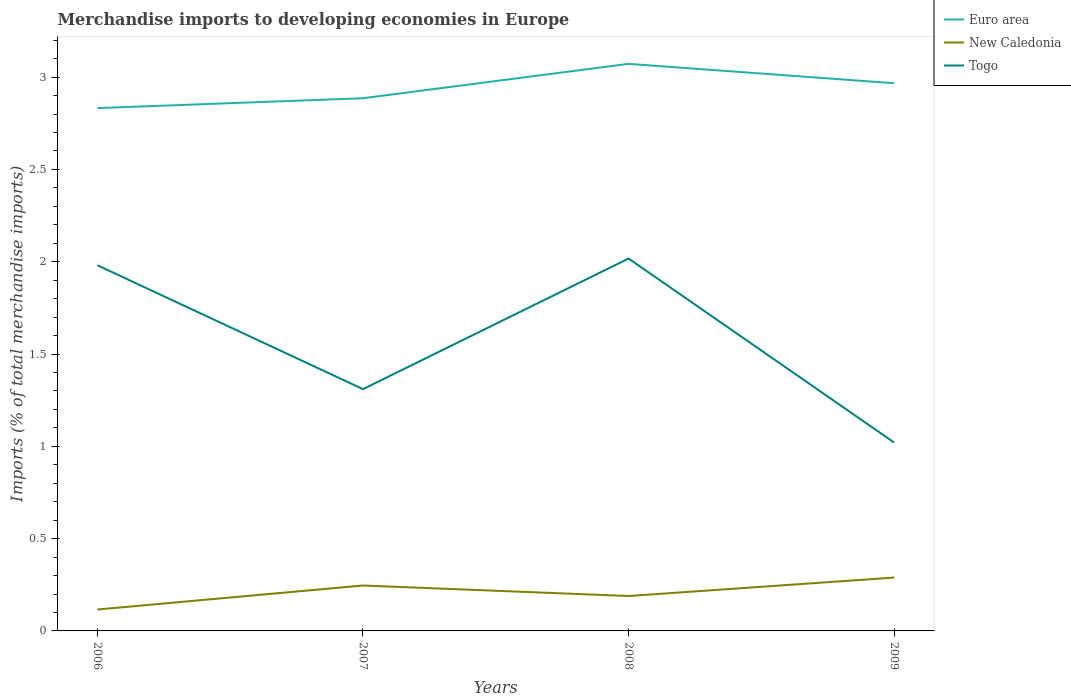
| Years | Euro area | New Caledonia | Togo |
 | --- | --- | --- | --- |
 | 2006 | 2.83 | 0.116 | 1.98 |
 | 2007 | 2.89 | 0.246 | 1.31 |
 | 2008 | 3.07 | 0.189 | 2.02 |
 | 2009 | 2.97 | 0.289 | 1.02 |